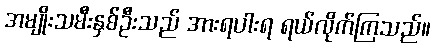
အမျိုးသမီးနှစ်ဦးသည် အားရပါးရ ရယ်လိုက်ကြသည်။